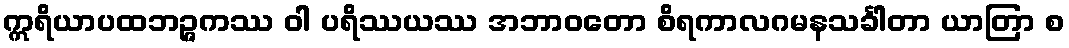
ဣရိယာပထဘဉ္ဇကဿ ဝါ ပရိဿယဿ အဘာဝတော စိရကာလဂမနသင်္ခါတာ ယာတြာ စ